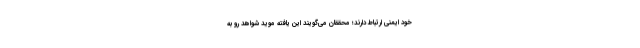
خود ایمنی ارتباط دارند؛ محققان می‌گویند این یافته موید شواهد رو به